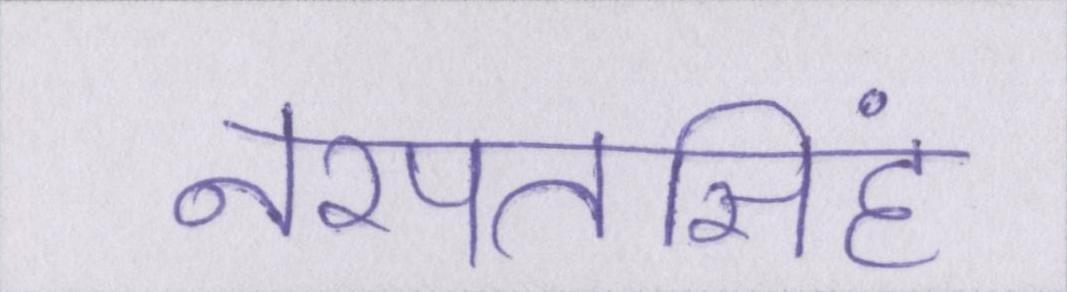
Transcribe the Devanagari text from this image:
नरपतसिंह